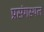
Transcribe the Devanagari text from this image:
प्रसंगस्थल